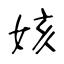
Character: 姟